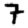
Digit: 7